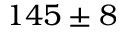
1 4 5 \pm 8